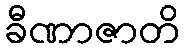
ခီဏာဇာတိ